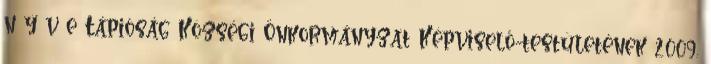
n y v e Tápióság Községi Önkormányzat Képviselő-testületének 2009.